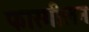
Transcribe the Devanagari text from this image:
फारगीलन